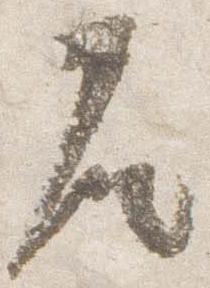
座